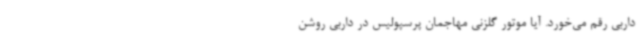
داربی رقم می‌خورد. آیا موتور گلزنی مهاجمان پرسپولیس در داربی روشن